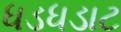
ધડધડાટ